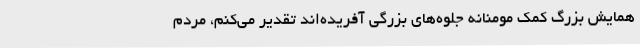
همایش بزرگ کمک مومنانه جلوه‌های بزرگی آفریده‌اند تقدیر می‌کنم، مردم